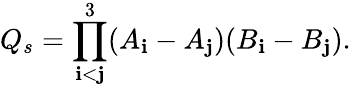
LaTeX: Q_{s}=\prod_{\mathbf{i}<\mathbf{j}}^{3}(A_{\mathbf{i}}-A_{\mathbf{j}})(B_{\mathbf{i}}-B_{\mathbf{j}}).